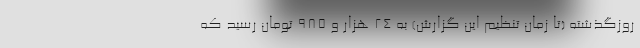
روزگذشته (تا زمان تنظیم این گزارش) به ۲۴ هزار و ۹۸۵ تومان رسید که